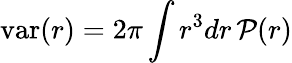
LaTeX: \mathrm{var}(r)=2\pi\int r^{3}dr\, \mathcal{P}(r)